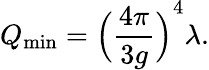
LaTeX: Q_{\operatorname*{min}}={{\Big(}{\frac{4\pi}{3g}}{\Big)}}^{4}\lambda.